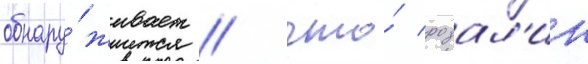
обнару́живает / что́ розал'ин